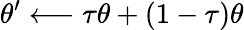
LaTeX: \theta^{\prime}\longleftarrow\tau\theta+\left(1-\tau\right)\theta